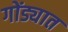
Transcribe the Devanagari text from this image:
गोंड्यात